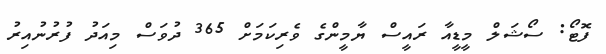
ފޮޓޯ: ސޯޝަލް މީޑީއާ ރައީސް ޔާމީންގެ ވެރިކަމަށް 365 ދުވަސް މިއަދު ފުރުނުއިރު